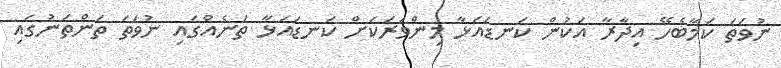
ނުވަތަ ކަމާބެހޭ އިދާރާ އަކުން ކަނޑައަޅާ މިންވަރަކަށް ކަނޑައަޅާ ތަނެއްގައި ނުވަތަ ތަންތަނުގައި